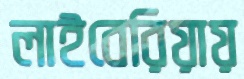
লাইবেরিয়ায়